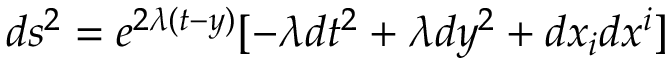
d s ^ { 2 } = e ^ { 2 \lambda ( t - y ) } [ - \lambda d t ^ { 2 } + \lambda d y ^ { 2 } + d x _ { i } d x ^ { i } ]